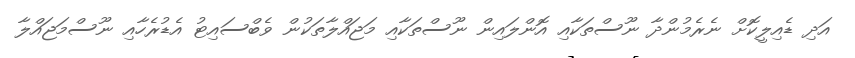
އަދި ޑެއިލީކޮށް ނެރެމުންދާ ނޫސްތަކާއި އޮންލައިން ނޫސްތަކާއި މަޖައްލާތަކުން ވެބްސައިޓު އެޑުރެހާއި ނޫސްމަޖައްލާ